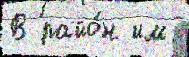
В райо́н им